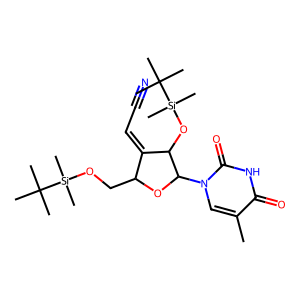
SMILES: Cc1cn(C2OC(CO[Si](C)(C)C(C)(C)C)C(=CC#N)C2O[Si](C)(C)C(C)(C)C)c(=O)[nH]c1=O
Inhibits HIV replication: No